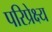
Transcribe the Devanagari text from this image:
परिप्रेक्ष्‍य